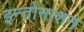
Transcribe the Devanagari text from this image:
इन्तोनाशन